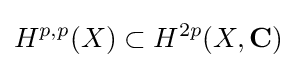
H^{p,p}(X)\subset H^{2p}(X,\mathbf {C} )